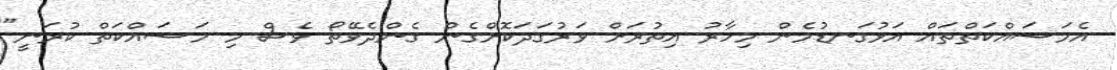
އެމަސައްކަތްތައް އަޅުގަނޑުމެން މިހާރު އިތުރަށް ވަރުގަދަކޮށްގެން ގެންދެވޭތޯ ވެސް މި މަސައްކަތް ކުރަނީ"